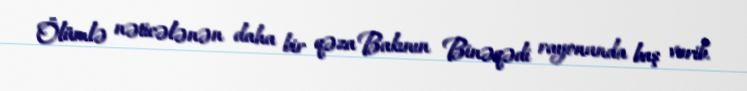
Ölümlə nəticələnən daha bir qəza Bakının Binəqədi rayonunda baş verib.